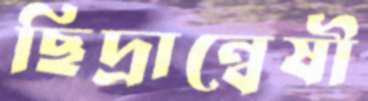
ছিদ্রান্বেষী